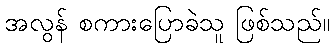
အလွန် စကားပြောခဲသူ ဖြစ်သည်။